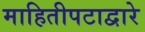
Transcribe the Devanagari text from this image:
माहितीपटाद्वारे